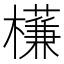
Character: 𣝈